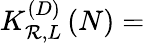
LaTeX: K_{\mathcal{R},L}^{\left(D\right)}\left(N\right)=